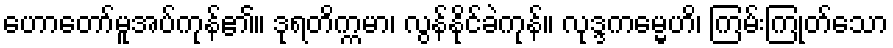
ဟောတော်မူအပ်ကုန်၏။ ဒုရတိက္ကမာ၊ လွန်နိုင်ခဲကုန်။ လုဒ္ဒကမ္မေဟိ၊ ကြမ်းကြုတ်သော